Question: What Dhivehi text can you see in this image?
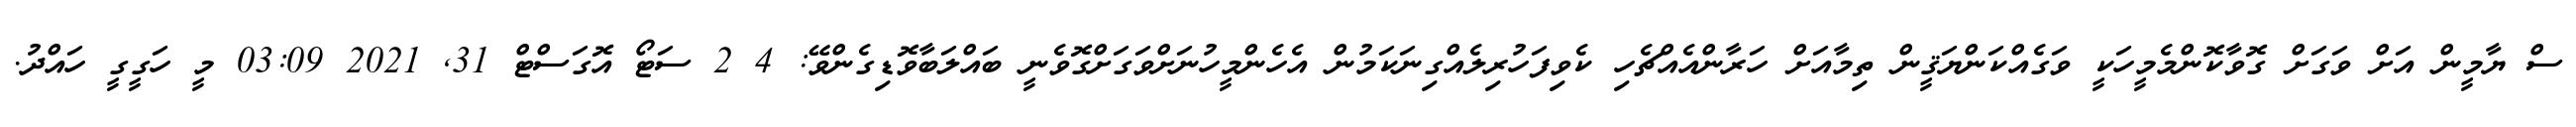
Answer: ސް ޔާމީން އަށް ވަގަށް ގޮވާކޮންމެމީހަކީ ވަގެއްކަންޔަޤީން ތިމާއަށް ހަރާންއެއްޗެހި ކެވިފަހުރިލެއްގިނަކަމުން އެހެންމީހުނަށްވަގަށްގޮވެނީ ބައްލަބާވޮޑިގެންވޭ: 4 2 ސަޓޯ އޮގަސްޓް 31, 2021 03:09 މީ ހަގީގީ ހައްދު.